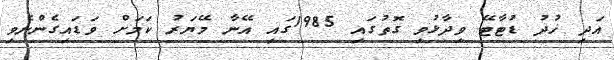
އަދި ޚުދު ޑުޓާޓޭ ވިދާޅުވި ގޮތުގައި 1985ގައި އޭނާ މޭޔަރު ކަމަށް ވަޑައިގެންނެވި